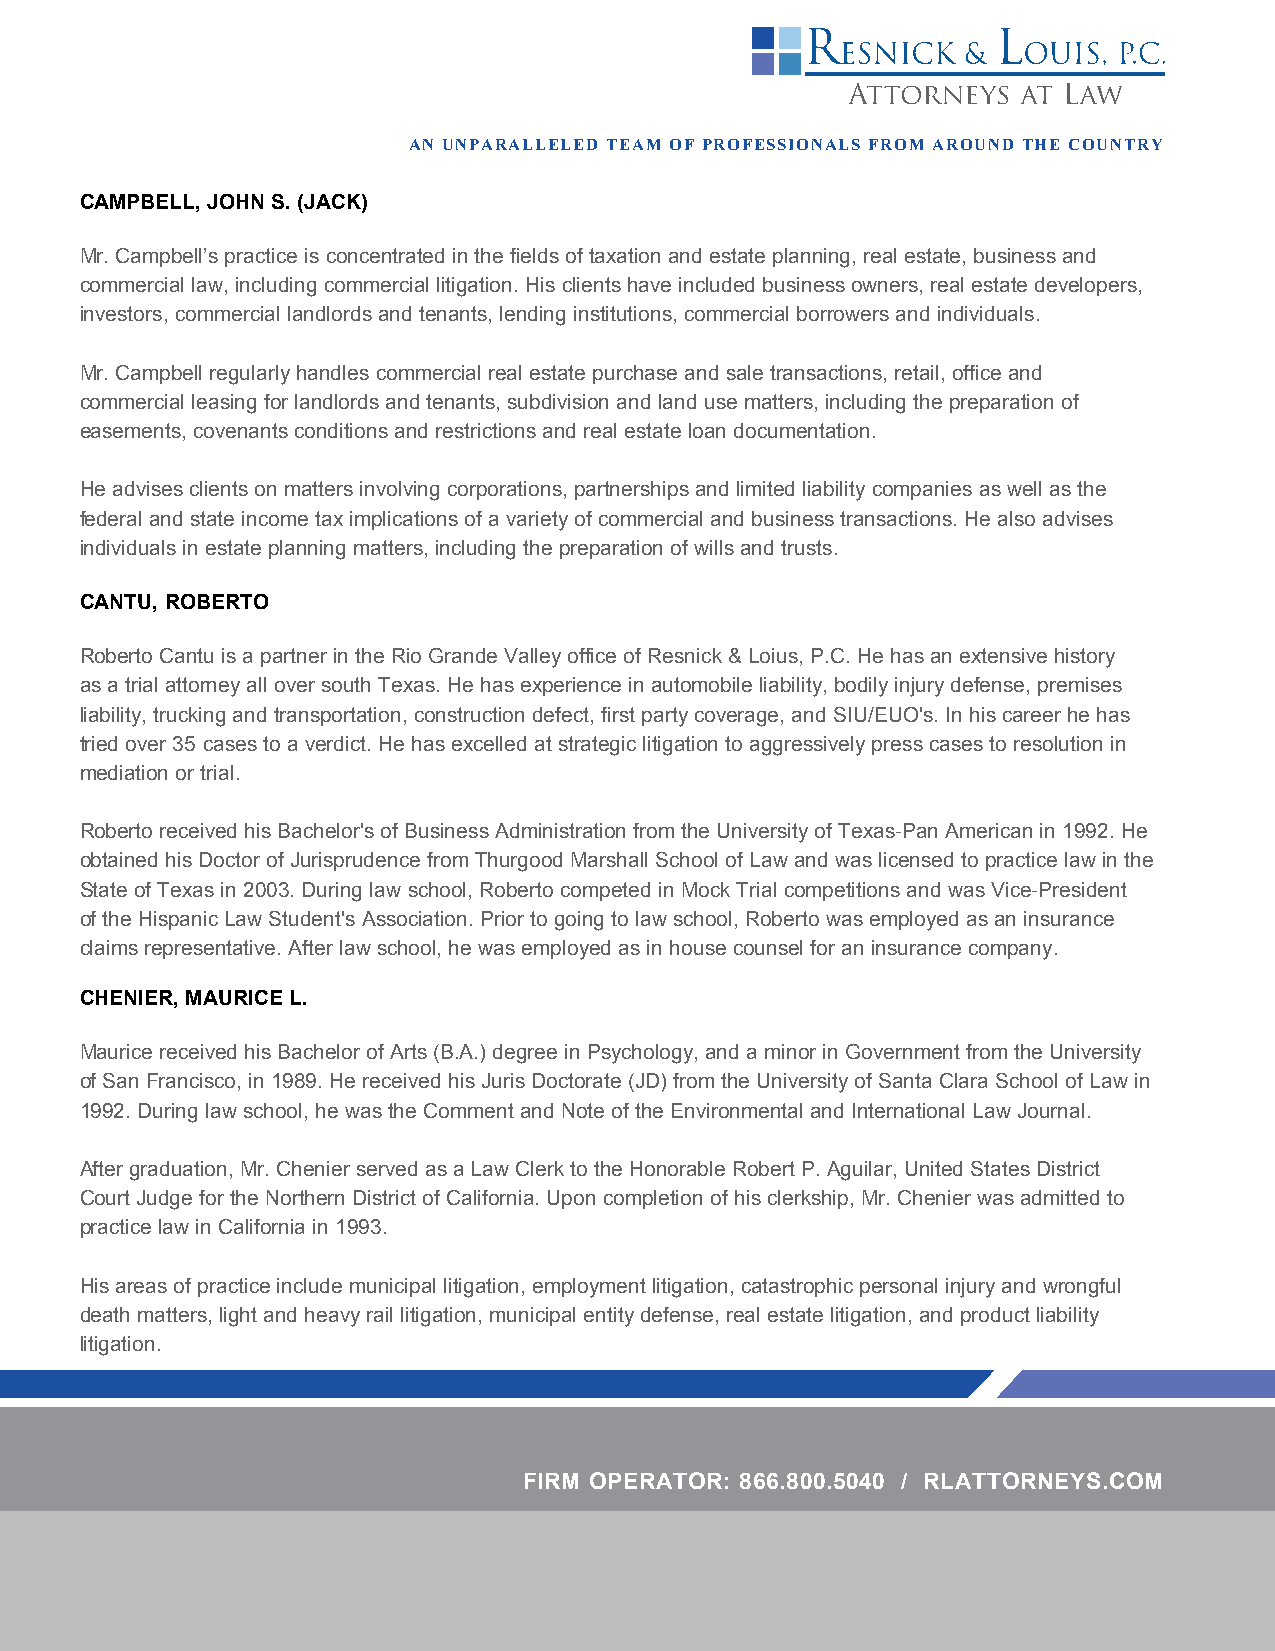
AN UNPARALLELED TEAM OF PROFESSIONALS FROM AROUND THE COUNTRY
 CAMPBELL, JOHN S. (JACK)
 Mr. Campbell’s practice is concentrated in the fields of taxation and estate planning, real estate, business and
 commercial law, including commercial litigation. His clients have included business owners, real estate developers,
 investors, commercial landlords and tenants, lending institutions, commercial borrowers and individuals.
 Mr. Campbell regularly handles commercial real estate purchase and sale transactions, retail, office and
 commercial leasing for landlords and tenants, subdivision and land use matters, including the preparation of
 easements, covenants conditions and restrictions and real estate loan documentation.
 He advises clients on matters involving corporations, partnerships and limited liability companies as well as the
 federal and state income tax implications of a variety of commercial and business transactions. He also advises
 individuals in estate planning matters, including the preparation of wills and trusts.
 CANTU, ROBERTO
 Roberto Cantu is a partner in the Rio Grande Valley office of Resnick & Loius, P.C. He has an extensive history
 as a trial attorney all over south Texas. He has experience in automobile liability, bodily injury defense, premises
 liability, trucking and transportation, construction defect, first party coverage, and SIU/EUO's. In his career he has
 tried over 35 cases to a verdict. He has excelled at strategic litigation to aggressively press cases to resolution in
 mediation or trial.
 Roberto received his Bachelor's of Business Administration from the University of Texas-Pan American in 1992. He
 obtained his Doctor of Jurisprudence from Thurgood Marshall School of Law and was licensed to practice law in the
 State of Texas in 2003. During law school, Roberto competed in Mock Trial competitions and was Vice-President
 of the Hispanic Law Student's Association. Prior to going to law school, Roberto was employed as an insurance
 claims representative. After law school, he was employed as in house counsel for an insurance company.
 CHENIER, MAURICE L.
 Maurice received his Bachelor of Arts (B.A.) degree in Psychology, and a minor in Government from the University
 of San Francisco, in 1989. He received his Juris Doctorate (JD) from the University of Santa Clara School of Law in
 1992. During law school, he was the Comment and Note of the Environmental and International Law Journal.
 After graduation, Mr. Chenier served as a Law Clerk to the Honorable Robert P. Aguilar, United States District
 Court Judge for the Northern District of California. Upon completion of his clerkship, Mr. Chenier was admitted to
 practice law in California in 1993.
 His areas of practice include municipal litigation, employment litigation, catastrophic personal injury and wrongful
 death matters, light and heavy rail litigation, municipal entity defense, real estate litigation, and product liability
 litigation.
 FIRM OPERATOR: 866.800.5040 / RLATTORNEYS.COM